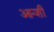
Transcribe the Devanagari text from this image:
आन्शी